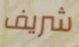
شريف